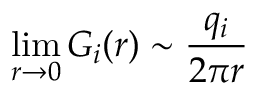
\operatorname * { l i m } _ { r \rightarrow 0 } G _ { i } ( r ) \sim \frac { q _ { i } } { 2 \pi r }